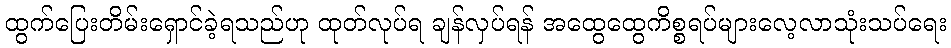
ထွက်ပြေးတိမ်းရှောင်ခဲ့ရသည်ဟု ထုတ်လုပ်ရ ချန်လှပ်ရန် အထွေထွေကိစ္စရပ်များလေ့လာသုံးသပ်ရေး